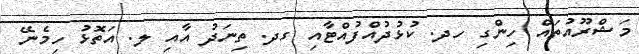
މަޝްރޫއުތައް ހިންގި ހދ. ކުޅުދުއްފުއްޓާއި ގދ. ތިނަދު އާއި ލ. އަތޮޅު ހިމެނޭ